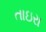
તાઇરા